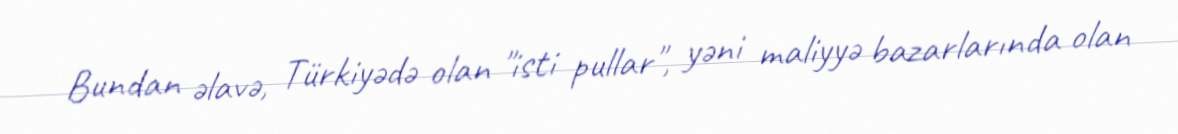
Bundan əlavə, Türkiyədə olan "isti pullar", yəni maliyyə bazarlarında olan